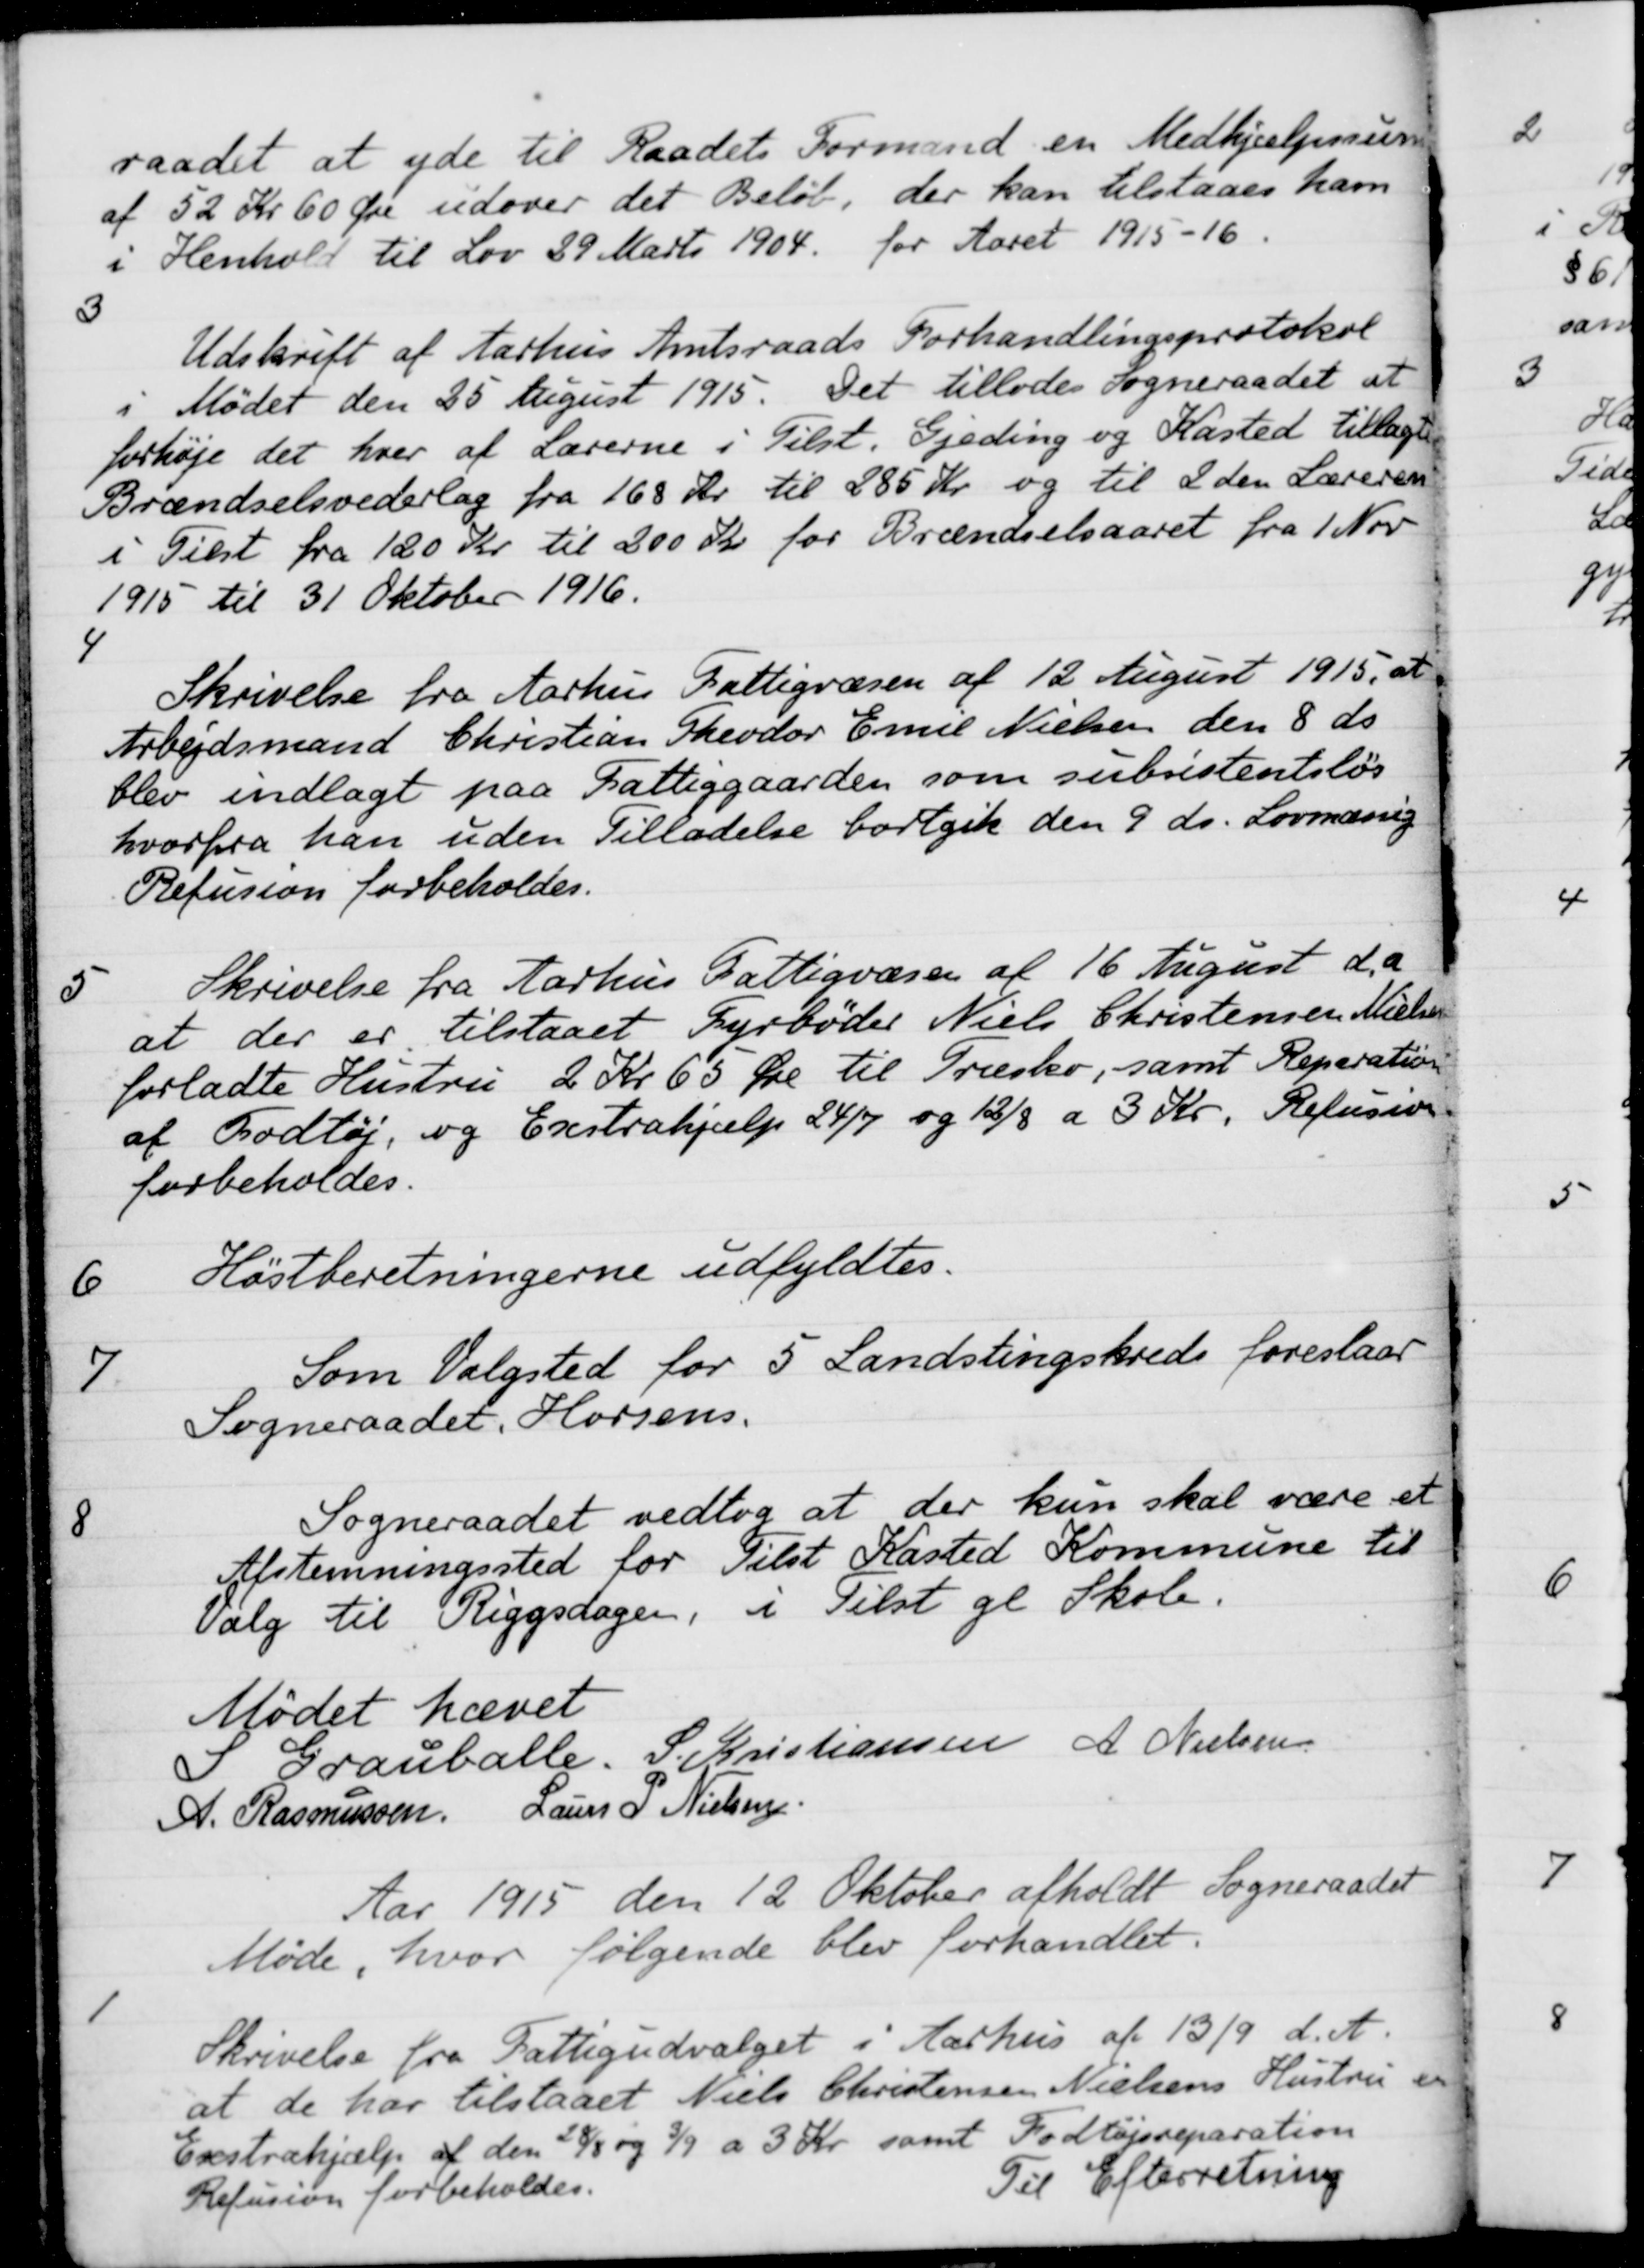
Transskription:
raadet at yde til Raadets Formand en Medhjælpssum
af 52 Kr 60 Øre udover det Beløb, der kan tilstaaes ham
i Henhold til Lov 29 Marts 1904 for Aaret 1915-16.
3
Udskrift af Aarhus Amtsraads Forhandlingsprotokol
i Mødet den 25 August 1915. Det tillodes Sogneraadet at
forhøje det hver af Lærerne i Tilst. Gjeding og Kasted tillagte
Brændselsvederlag fra 168 kr. til 285 Kr. og til 2 den Læreren
i Tilst fra 120 Kr til 200 Kr for Brændselsaaret fra 1 Nov
1915 til 31 Oktober 1916.
4
Skrivelse fra Aarhus Fattigvæsen af 12 August 1915, at
Arbejdsmand Christian Theodor Emil Nielsen den 8 ds
blev indlagt paa Fattiggaarden som subsistentsløs
hvorfra han uden Tilladelse bortgik den 9 ds. Lovmæssig
Refusion forbeholdes.
5
Skrivelse fra Aarhus Fattigvæsen af 16 August d. a
at der er tilstaaet Fyrbøder Niels Christensen Nielsens
forladte Hustru 2 Kr 65 Øre til Træsko, samt Reparation
af Fodtøj, og Exstrahjælp 24/7 og 12/8 a 3 Kr. Refusion
forbeholdes.
6
Høstberetningerne udfyldtes.
7
Som Valgsted for 5 Landstingskreds foreslaar
Sogneraadet. Horsens.
8
Sogneraadet vedtog at der kun skal være et
Afstemningssted for Tilst Kasted Kommune til
valg til Riggsdagen, i Tilst gl Skole.
Mødet hævet
S Grauballe.
S. Kristiansen
A. Nielsen
A. Rasmussen
Laurs P. Nielsen
Aar 1915 den 12 Oktober afholdt Sogneraadet
Møde, hvor følgende blev forhandlet.
1
Skrivelse fra Fattigudvalget i Aarhus af 13/9 d. A.
at de har tilstaaet Niels Christensen Nielsens Hustru en
Exstrahjælp af den 28/8 og 3/9 a 3 Kr. samt Fodtøjsreparation
Refusion forbeholdes.
Til Efterretning